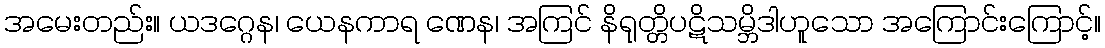
အမေးတည်း။ ယဒဂ္ဂေန၊ ယေနကာရ ဏေန၊ အကြင် နိရုတ္တိပဋိသမ္ဘိဒါဟူသော အကြောင်းကြောင့်။